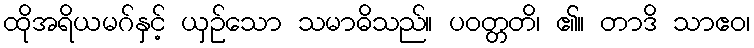
ထိုအရိယမဂ်နှင့် ယှဉ်သော သမာဓိသည်။ ပဝတ္တတိ၊ ၏။ တာဒိ သာဧဝ၊